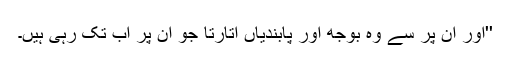
''اور ان پر سے وہ بوجھ اور پابندیاں اتارتا جو ان پر اب تک رہی ہیں۔